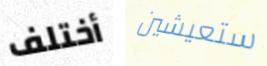
أختلف ستعيشين